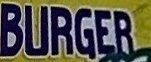
BURGER